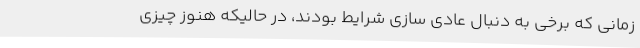
زمانی که برخی به دنبال عادی سازی شرایط بودند، در حالیکه هنوز چیزی